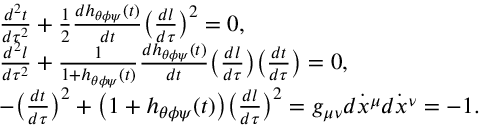
\begin{array} { l } { \frac { d ^ { 2 } t } { d \tau ^ { 2 } } + \frac { 1 } { 2 } \frac { d h _ { \theta \phi \psi } ( t ) } { d t } \bigl ( \frac { d l } { d \tau } \bigr ) ^ { 2 } = 0 , \ } \\ { \frac { d ^ { 2 } l } { d \tau ^ { 2 } } + \frac { 1 } { 1 + h _ { \theta \phi \psi } ( t ) } \frac { d h _ { \theta \phi \psi } ( t ) } { d t } \bigl ( \frac { d l } { d \tau } \bigr ) \bigl ( \frac { d t } { d \tau } \bigr ) = 0 , \ } \\ { - \bigl ( \frac { d t } { d \tau } \bigr ) ^ { 2 } + \bigl ( 1 + h _ { \theta \phi \psi } ( t ) \bigr ) \bigl ( \frac { d l } { d \tau } \bigr ) ^ { 2 } = g _ { \mu \nu } \dot { d x ^ { \mu } } \dot { d x ^ { \nu } } = - 1 . \ } \end{array}